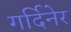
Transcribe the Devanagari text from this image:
गर्दिनेर